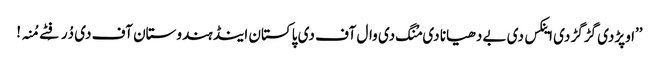
’’اوپڑدی گڑگڑ دی اینکس دی بے دھیانا دی مُنگ دی وال آف دی پاکستان اینڈ ہندوستان آف دی دُرفِٹے مُنہ!